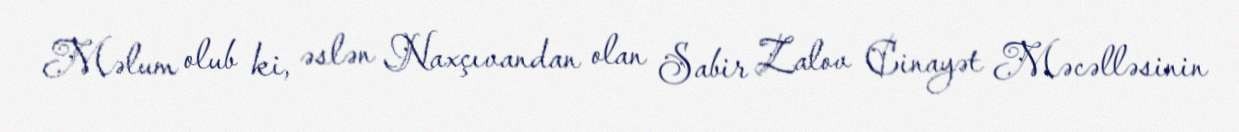
Məlum olub ki, əslən Naxçıvandan olan Sabir Zalov Cinayət Məcəlləsinin